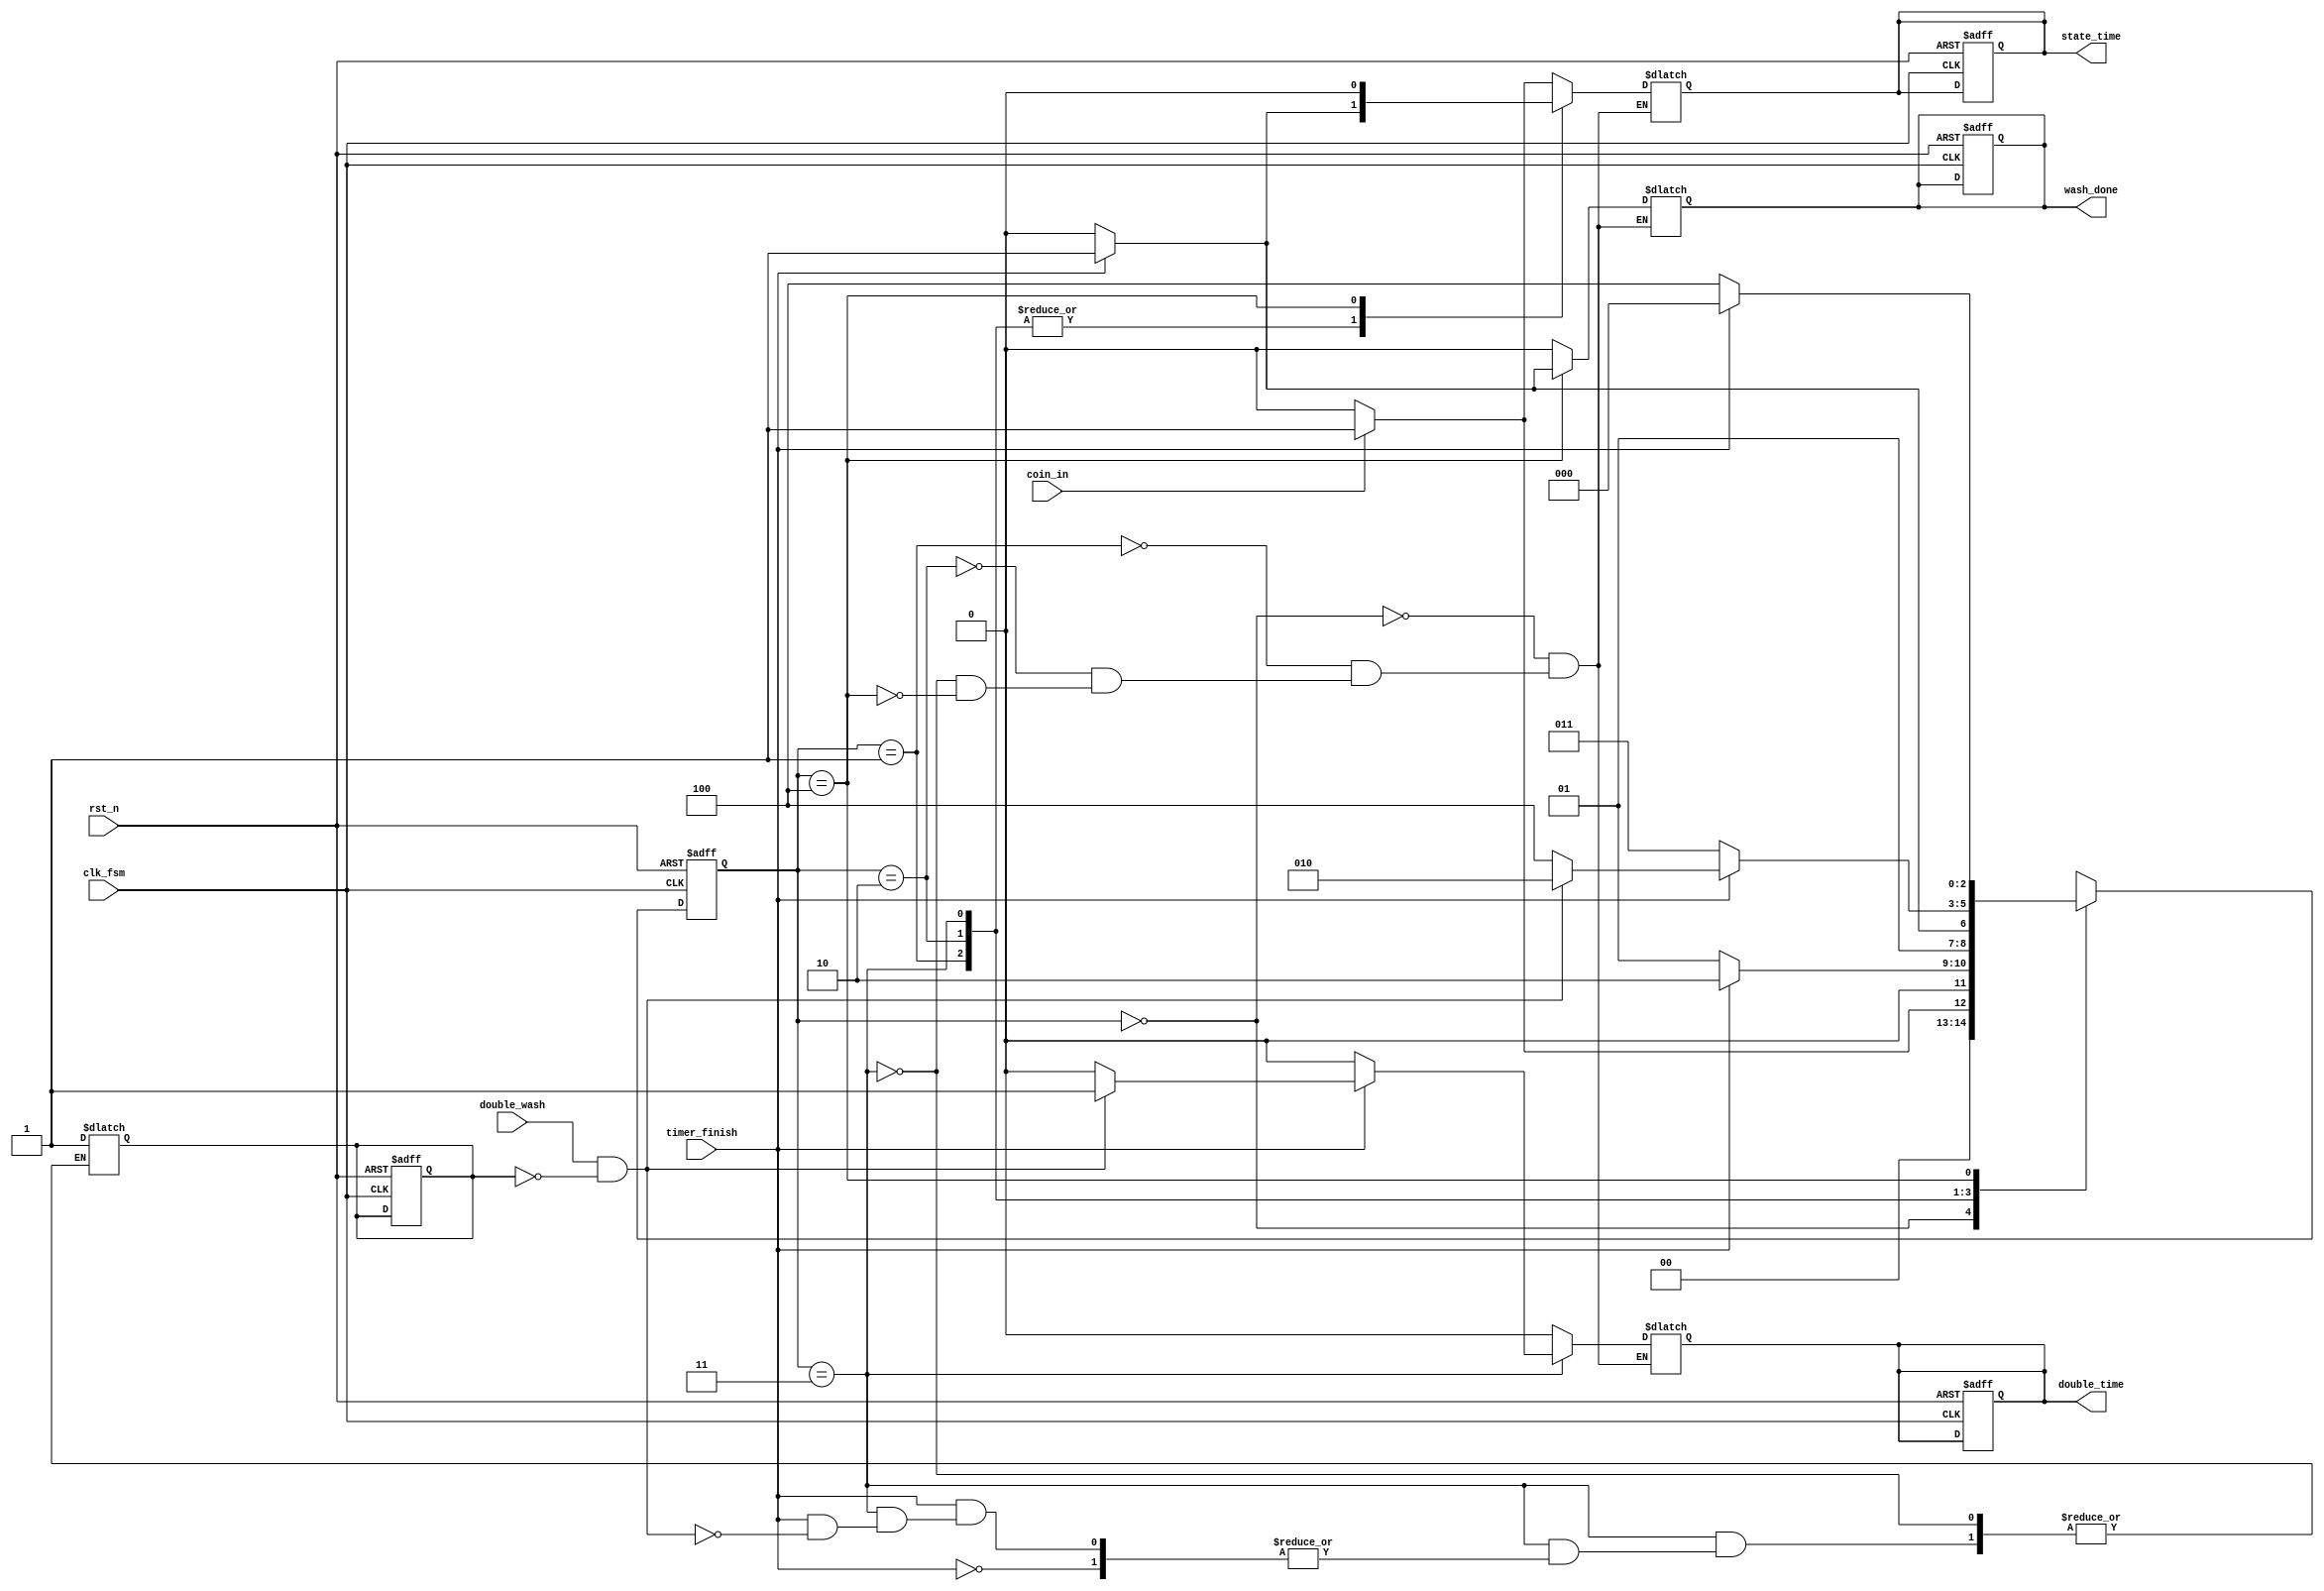
module FSM (
    input  wire   rst_n, clk_fsm, coin_in, double_wash, timer_finish,
    output wire    state_time,double_time,
    output reg    wash_done
);
reg [2:0] present_state, next_state;
reg count, state_time_reg, double_time_reg;
localparam A=3'b000, B=3'b001, C=3'b010,
           D=3'b011, E=3'b100;
assign state_time = state_time_reg;
assign double_time = double_time_reg;        
// define next state and output logic            
always@(*)
begin
    case(present_state)
    A:
        begin
            if(coin_in)
                begin
                next_state = B;
                state_time_reg = 1'b1;
                double_time_reg = 1'b0;
                wash_done = 1'b0;
                end
            else
            begin
                next_state = A; 
                state_time_reg = 1'b0;
                double_time_reg = 1'b0;
                wash_done = 1'b0; 
            end  
        end
    B:
        begin
            if(timer_finish)
              begin
                 next_state = C;
                  state_time_reg = 1'b1;
                  double_time_reg = 1'b0;
                  wash_done = 1'b0;
               end
             else
              begin
                next_state = B; 
                 state_time_reg = 1'b0;
                 double_time_reg = 1'b0;
                 wash_done = 1'b0;
                  end
         end 
    C:
        begin
            if(timer_finish)
             begin
                    next_state = D;
                    state_time_reg = 1'b1;
                    double_time_reg = 1'b0;
                    wash_done = 1'b0;
            end
            else
             begin
                    next_state = C; 
                    state_time_reg = 1'b0;
                    double_time_reg = 1'b0;
                    wash_done = 1'b0;
             end

        end 
    D:
        begin
            if(timer_finish == 0)
             begin
                next_state = D;
                state_time_reg = 1'b0;
                double_time_reg = 1'b0;
                wash_done = 1'b0;
                 end
            else if(double_wash && count == 0)
             begin
                next_state = C;
                state_time_reg = 1'b1;
                double_time_reg = 1'b1;
                wash_done = 1'b0;
                count = 1;
                  end
            else
             begin
                next_state = E;
                state_time_reg = 1'b1;
                double_time_reg = 1'b0;
                wash_done = 1'b0;
                 end
        end 
    E:
        begin
            if(timer_finish)
             begin
                next_state = A;
                state_time_reg = 1'b0;
                double_time_reg = 1'b0;
                wash_done = 1'b1;
                  end
            else
             begin
                next_state = E;
                state_time_reg = 1'b0;
                double_time_reg = 1'b0;
                wash_done = 1'b0;
                 end
        end 
    default:next_state = 3'bxxx;
endcase
end
//state transition
always@(negedge rst_n , posedge clk_fsm)
begin
    if(!rst_n)
        begin
        present_state<=A;
        state_time_reg = 1'b0;
        double_time_reg = 1'b0;
        wash_done = 1'b0;
        count = 0;
        end
    else
    begin
        present_state<=next_state;
    end
end
endmodule